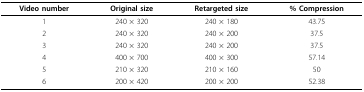
| Video number | Original size | Retargeted size | % Compression |
 | --- | --- | --- | --- |
 | 1 | 240 × 320 | 240 × 180 | 43.75 |
 | 2 | 240 × 320 | 240 × 200 | 37.5 |
 | 3 | 240 × 320 | 240 × 200 | 37.5 |
 | 4 | 400 × 700 | 400 × 300 | 57.14 |
 | 5 | 210 × 320 | 210 × 160 | 50 |
 | 6 | 200 × 420 | 200 × 200 | 52.38 |